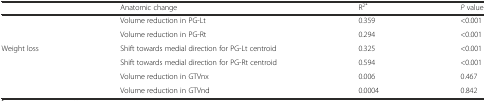
<table><thead><tr><td></td><td><b>Anatomic change</b></td><td><b>R<sup>2*</sup></b></td><td><b><i>P</i> value</b></td></tr></thead><tbody><tr><td></td><td>Volume reduction in PG-Lt</td><td>0.359</td><td>&lt;0.001</td></tr><tr><td></td><td>Volume reduction in PG-Rt</td><td>0.294</td><td>&lt;0.001</td></tr><tr><td>Weight loss</td><td>Shift towards medial direction for PG-Lt centroid</td><td>0.325</td><td>&lt;0.001</td></tr><tr><td></td><td>Shift towards medial direction for PG-Rt centroid</td><td>0.594</td><td>&lt;0.001</td></tr><tr><td></td><td>Volume reduction in GTVnx</td><td>0.006</td><td>0.467</td></tr><tr><td></td><td>Volume reduction in GTVnd</td><td>0.0004</td><td>0.842</td></tr></tbody></table>